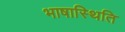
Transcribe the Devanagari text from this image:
भाषास्थिति